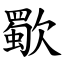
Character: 歜